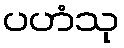
ပဟံသု